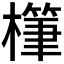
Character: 𪴅